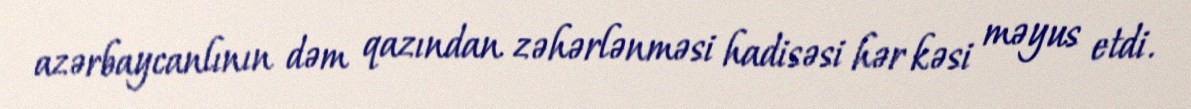
azərbaycanlının dəm qazından zəhərlənməsi hadisəsi hər kəsi məyus etdi.